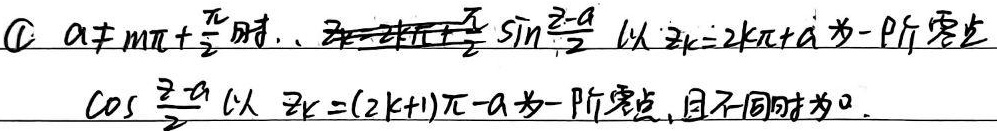
\textcircled{1} $a\neq m\pi+\frac{\pi}{2}$时，$\sin\frac{z - a}{2}$ 以 $z_k = 2k\pi + a$ 为一阶零点
$\cos\frac{z - a}{2}$ 以 $z_k=(2k + 1)\pi - a$ 为一阶零点，且不同时为0.